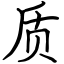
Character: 质